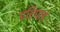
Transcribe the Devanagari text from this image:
हरिपाड